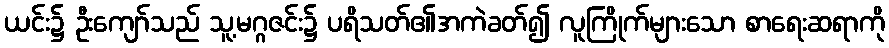
ယင်း၌ ဦးကျော်သည် သူ့မဂ္ဂဇင်း၌ ပရိသတ်၏အကဲခတ်၍ လူကြိုက်များသော စာရေးဆရာကို